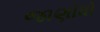
જાણોધો